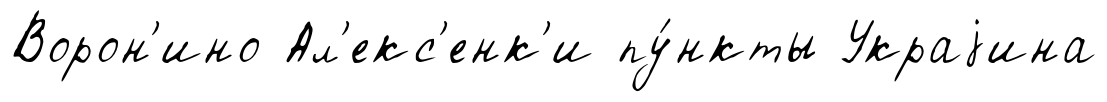
Ворон'ино Ал'екс'енк'и пу́нкты Украjина